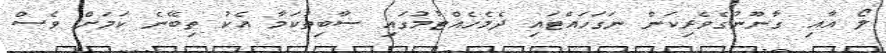
ލޯ އާއި ގާނޫނުގެވެރިކަން ނަގަހައްޓައި ދެމެހެއްޓުމުގައި ސާބިތުކަމާ އެކު ތިބޭނެ ކަމަށް ވެސް